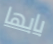
بابها